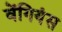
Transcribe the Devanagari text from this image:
वेंगियंस